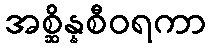
အစ္ဆိန္နစီဝရကာ